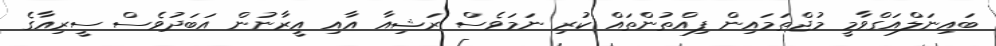
ބައިނަލްއަގްވާމީ މުޖްތަމައިން ފިއްތުންތައް ކުރި ނަމަވެސް ރަޝިއާ އާއި އީރާނުން އަބަދުވެސް ސީރިއާގެ